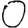
Digit: 0